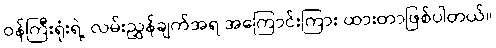
ဝန်ကြီးရုံးရဲ့ လမ်းညွှန်ချက်အရ အကြောင်းကြား ထားတာဖြစ်ပါတယ်။